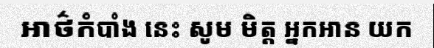
អាថ៌កំបាំង នេះ សូម មិត្ត អ្នកអាន យក